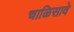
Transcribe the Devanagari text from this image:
चाळिसावे